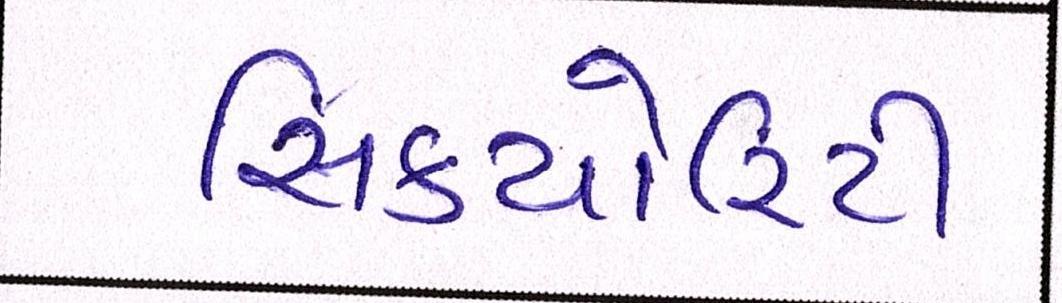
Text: સિક્યોરિટી